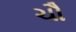
ચૌ